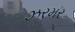
ઝરમર